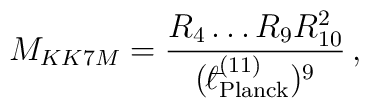
M_{KK7M} = \frac{R_{4}\ldots R_{9} R_{10}^{2}}{({}^{-}\!\!\!\!\ell_{\rm Planck}^{(11)})^{9}}\, ,